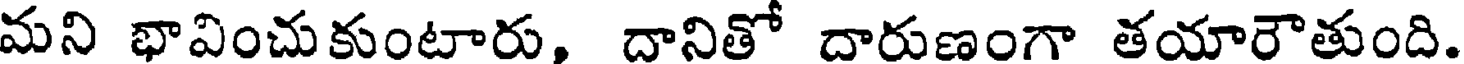
మని భావించుకుంటారు, దానితో దారుణంగా తయారౌతుంది.